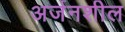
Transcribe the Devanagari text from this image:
अर्जनशील